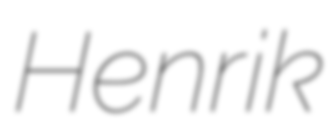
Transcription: Henrik